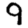
Digit: 9